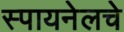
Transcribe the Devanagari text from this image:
स्पायनेलचे